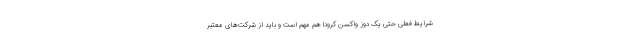
شرایط فعلی حتی یک دوز واکسن کرونا هم مهم است و باید از شرکت‌های معتبر